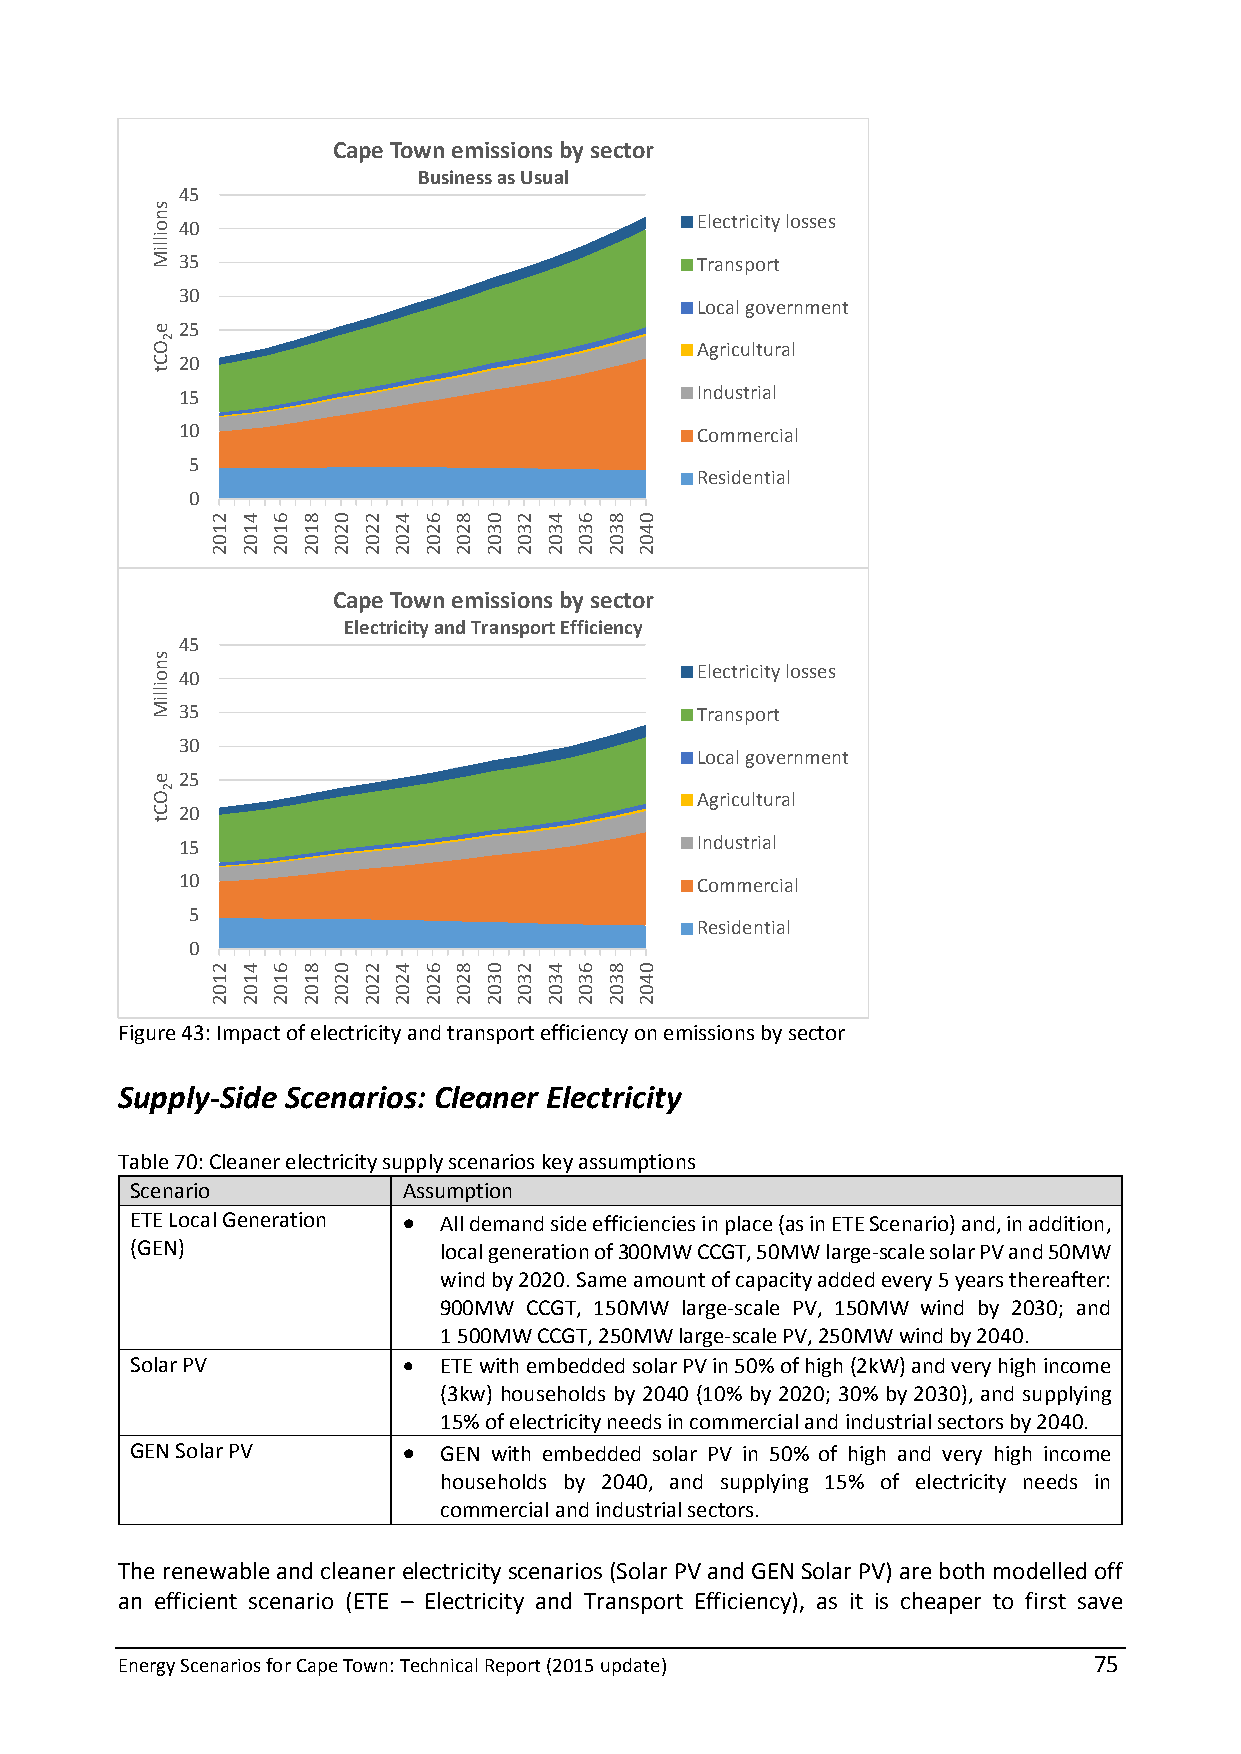
Cape Town emissions by sector
 Business as Usual
 45
 Electricity losses
 40
 35                                Transport
 30
 Local government
 25
 Agricultural
 20
 15                                Industrial
 10                                Commercial
 5
 Residential
 0
 Cape Town emissions by sector
 Electricity and Transport Efficiency
 45
 Electricity losses
 40
 35                                Transport
 30
 Local government
 25
 Agricultural
 20
 15                                Industrial
 10                                Commercial
 5
 Residential
 0
 Figure 43: Impact of electricity and transport efficiency on emissions by sector
 Supply-Side Scenarios: Cleaner Electricity
 Table 70: Cleaner electricity supply scenarios key assumptions
 Scenario          Assumption
 ETE Local Generation  All demand side efficiencies in place (as in ETE Scenario) and, in addition,
 (GEN)               local generation of 300MW CCGT, 50MW large-scale solar PV and 50MW
 wind by 2020. Same amount of capacity added every 5 years thereafter:
 900MW CCGT, 150MW large-scale PV, 150MW wind by 2030; and
 1 500MW CCGT, 250MW large-scale PV, 250MW wind by 2040.
 Solar PV           ETE with embedded solar PV in 50% of high (2kW) and very high income
 (3kw) households by 2040 (10% by 2020; 30% by 2030), and supplying
 15% of electricity needs in commercial and industrial sectors by 2040.
 GEN Solar PV       GEN with embedded solar PV in 50% of high and very high income
 households by 2040, and supplying 15% of electricity needs in
 commercial and industrial sectors.
 The renewable and cleaner electricity scenarios (Solar PV and GEN Solar PV) are both modelled off
 an efficient scenario (ETE – Electricity and Transport Efficiency), as it is cheaper to first save
 Energy Scenarios for Cape Town: Technical Report (2015 update)  75
 snoilliM
 e
 OCt
 snoilliM
 e
 OCt
 2
 2
 2102
 2102
 4102
 4102
 6102
 6102
 8102
 8102
 0202
 0202
 2202
 2202
 4202
 4202
 6202
 6202
 8202
 8202
 0302
 0302
 2302
 2302
 4302
 4302
 6302
 6302
 8302
 8302
 0402
 0402